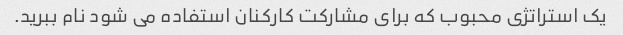
یک استراتژی محبوب که برای مشارکت کارکنان استفاده می شود نام ببرید.